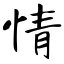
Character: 情